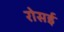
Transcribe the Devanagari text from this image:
रोसई